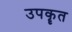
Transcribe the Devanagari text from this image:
उपकॄत